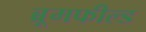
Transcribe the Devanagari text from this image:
ब्रूमफील्ड